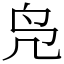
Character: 凫